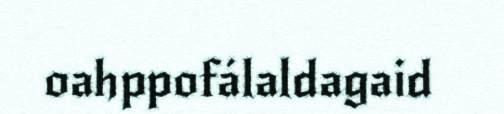
oahppofálaldagaid